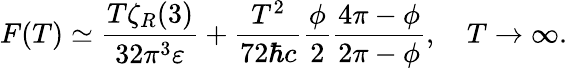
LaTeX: F(T)\simeq\frac{T\zeta_{R}(3)}{32\pi^{3}\varepsilon}+\frac{T^{2}}{72\hbar c}\frac{\phi}{2}\frac{4\pi-\phi}{2\pi-\phi},\quad T\to\infty{.}